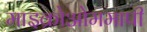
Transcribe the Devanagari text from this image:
माइक्रोओममापी